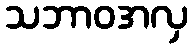
သဘာဝအလှ